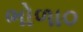
ભોળા૦